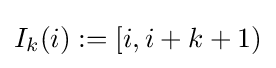
I_{k}(i):=[i,i+k+1)